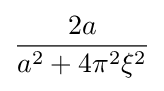
{\frac {2a}{a^{2}+4\pi ^{2}\xi ^{2}}}